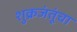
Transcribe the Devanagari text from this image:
शुक्रजंतूंचा